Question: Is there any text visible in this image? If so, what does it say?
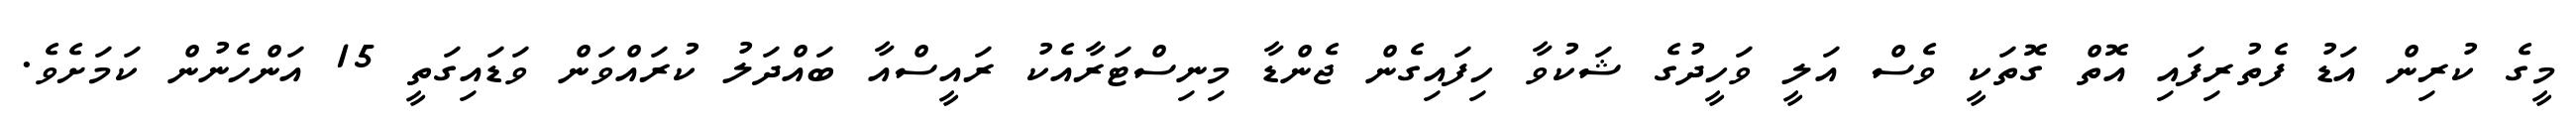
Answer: މީގެ ކުރިން އަޑު ފެތުރިފައި އޮތް ގޮތަކީ ވެސް އަލީ ވަހީދުގެ ޝަކުވާ ހިފައިގެން ޖެންޑާ މިނިސްޓަރާއެކު ރައީސްއާ ބައްދަލު ކުރައްވަން ވަޑައިގަތީ 15 އަންހެނުން ކަމަށެވެ.